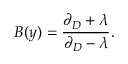
B ( y ) = \frac { \partial _ { D } + \lambda } { \partial _ { D } - \lambda } .